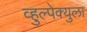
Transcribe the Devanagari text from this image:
व्हुल्पेक्युला